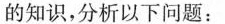
的知识，分析以下问题：